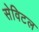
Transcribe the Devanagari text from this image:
सेविटल